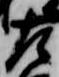
左